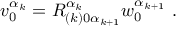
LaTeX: v _ { 0 } ^ { \alpha _ { k } } = R _ { ( k ) 0 \alpha _ { k + 1 } } ^ { \alpha _ { k } } w _ { 0 } ^ { \alpha _ { k + 1 } } \ .